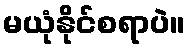
မယုံနိုင်စရာပဲ။